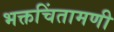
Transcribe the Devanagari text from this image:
भक्तचिंतामणी